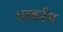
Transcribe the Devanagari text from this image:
माहर्रम